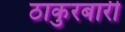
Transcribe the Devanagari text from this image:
ठाकुरबारी